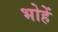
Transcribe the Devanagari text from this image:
भोहें